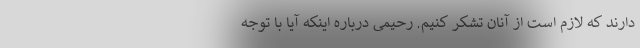
دارند که لازم است از آنان تشکر کنیم. رحیمی درباره اینکه آیا با توجه